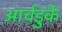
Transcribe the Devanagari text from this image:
आर्चडुके